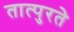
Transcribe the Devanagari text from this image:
तात्पुरतेे